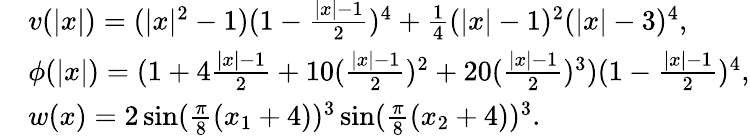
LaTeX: \begin{array}{rl}&{v(|x|)=(|x|^{2}-1)(1-\frac{|x|-1}{2})^{4}+\frac{1}{4}(|x|-1)^{2}(|x|-3)^{4},}\\ &{\phi(|x|)=(1+4\frac{|x|-1}{2}+10(\frac{|x|-1}{2})^{2}+20(\frac{|x|-1}{2})^{3})(1-\frac{|x|-1}{2})^{4},}\\ &{w(x)=2\sin(\frac{\pi}{8}(x_{1}+4))^{3}\sin(\frac{\pi}{8}(x_{2}+4))^{3}.}\end{array}